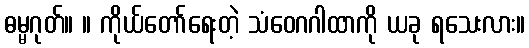
ဓမ္မဂုတ်။ ။ ကိုယ်တော်ရေးတဲ့ သံဝေဂဂါထာကို ယခု ရသေးလား။